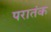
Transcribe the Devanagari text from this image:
परातंक